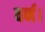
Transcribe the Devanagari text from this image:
वर्न।